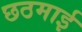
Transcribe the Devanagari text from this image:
छठमाई